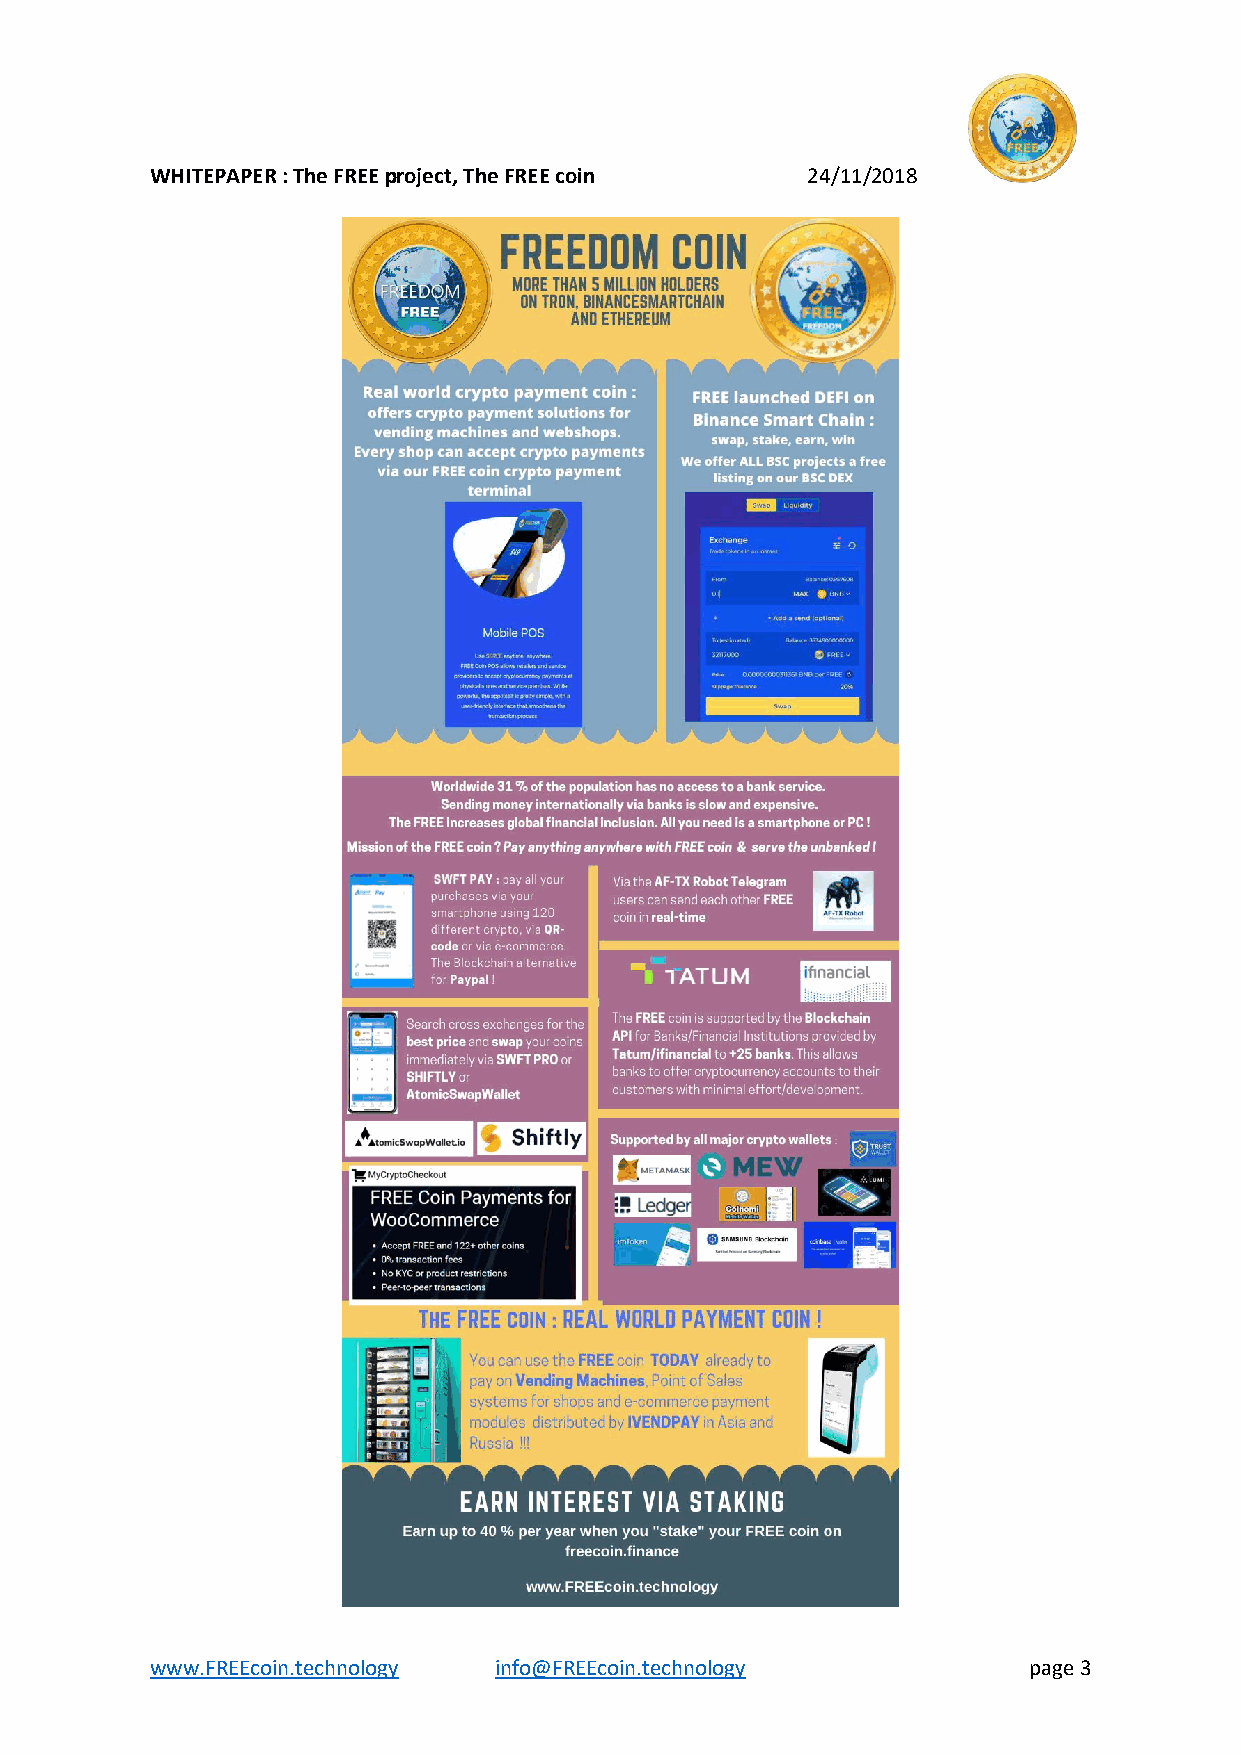
WHITEPAPER : The FREE project, The FREE coin 24/11/2018
 www.FREEcoin.technology info@FREEcoin.technology          page 3